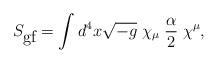
LaTeX: \begin{align*}S_{\mbox{gf}} = \int d^4 x\sqrt{-g}\;\chi_{\mu}\;\frac{\alpha}{2}\;\chi^{\mu},\end{align*}